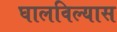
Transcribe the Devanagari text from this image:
घालविल्यास